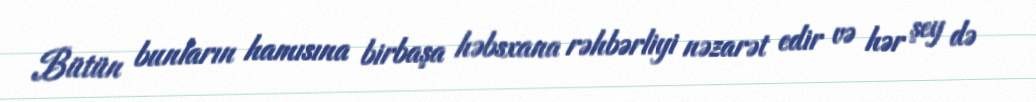
Bütün bunların hamısına birbaşa həbsxana rəhbərliyi nəzarət edir və hər şey də